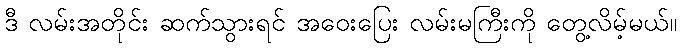
ဒီ လမ်းအတိုင်း ဆက်သွားရင် အဝေးပြေး လမ်းမကြီးကို တွေ့လိမ့်မယ်။